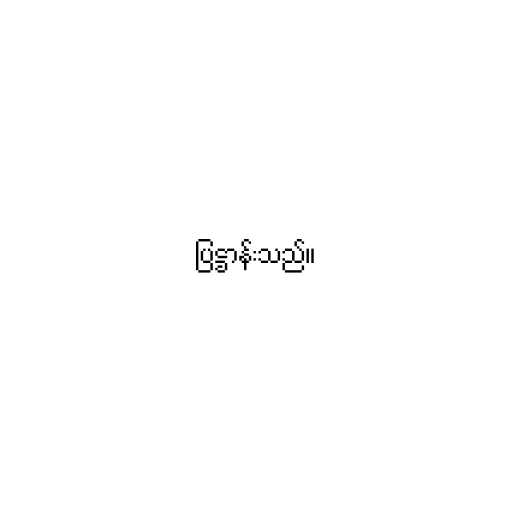
ပြဋ္ဌာန်းသည်။